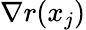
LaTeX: \nabla r(x_{j})